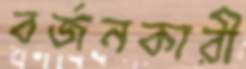
বর্জনকারী